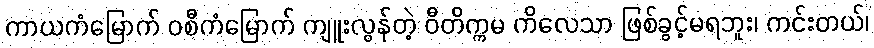
ကာယကံမြောက် ဝစီကံမြောက် ကျူးလွန်တဲ့ ဝီတိက္ကမ ကိလေသာ ဖြစ်ခွင့်မရဘူး၊ ကင်းတယ်၊